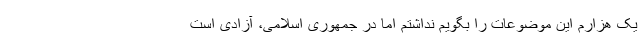
یک هزارم این موضوعات را بگویم نداشتم اما در جمهوری اسلامی، آزادی است